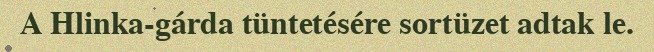
A Hlinka-gárda tüntetésére sortüzet adtak le.